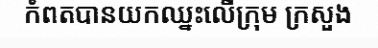
កំពតបានយកឈ្នះលើក្រុម ក្រសួង